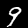
Label: 9